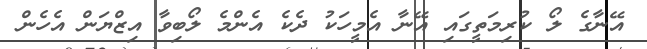
އޭނާގެ ލޯ ކުރިމަތީގައި އޭނާ އެމީހަކު ދެކެ އެންމެ ލޯބިވާ އިޒްޔަން އެހެން